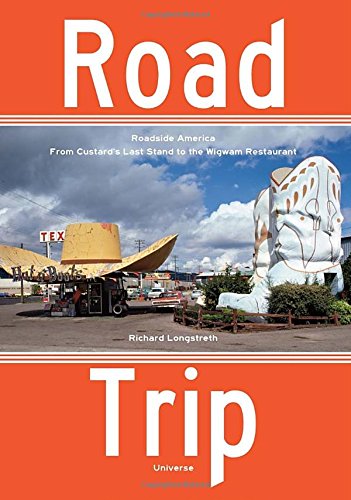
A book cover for Road Trip: Roadside America, From Custard's Last Stand to the Wigwam Restaurant; Richard Longstreth; Arts & Photography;